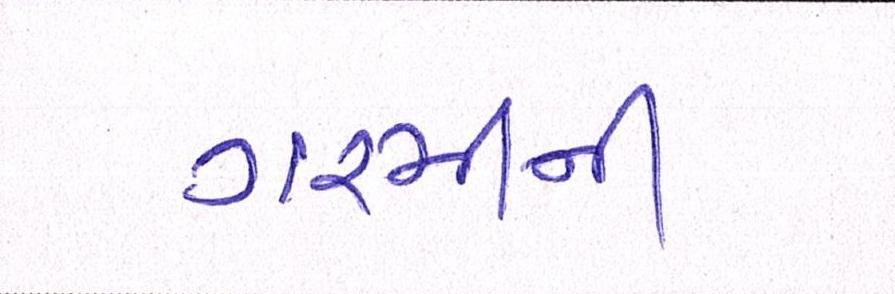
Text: ગરમીની